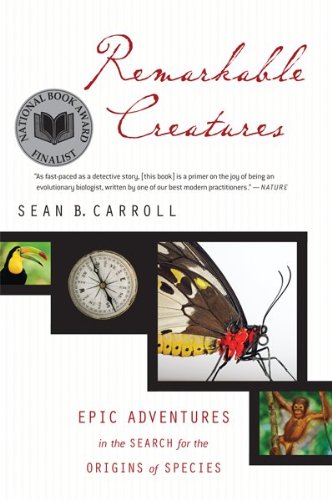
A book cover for Remarkable Creatures: Epic Adventures in the Search for the Origins of Species; Dr. Sean B. Carroll; Science & Math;